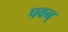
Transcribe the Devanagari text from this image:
पवन्